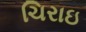
ચિરાઇ